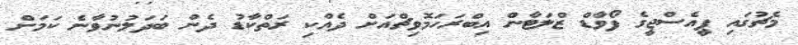
މެޗުގައި ޕީއެސްޖީގެ ފޯވާޑް ޒްލަޓާން އިބްރަހަމޮވިޗްއަށް ދެއްކި ރަތްކާޑު ދެން ބަދަލުނުވާނެ ކަމަށް